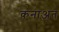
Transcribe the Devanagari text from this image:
क़नाअत